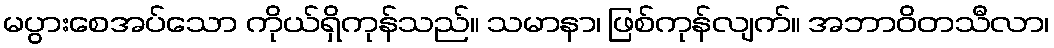
မပွားစေအပ်သော ကိုယ်ရှိကုန်သည်။ သမာနာ၊ ဖြစ်ကုန်လျက်။ အဘာဝိတသီလာ၊